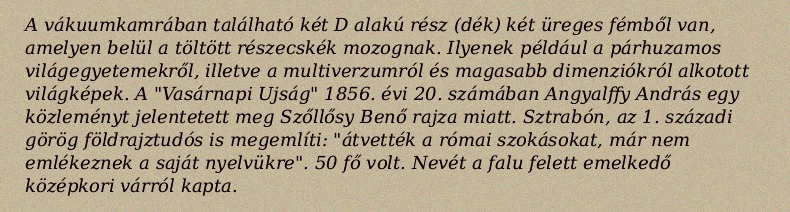
A vákuumkamrában található két D alakú rész (dék) két üreges fémből van, amelyen belül a töltött részecskék mozognak. Ilyenek például a párhuzamos világegyetemekről, illetve a multiverzumról és magasabb dimenziókról alkotott világképek. A "Vasárnapi Ujság" 1856. évi 20. számában Angyalffy András egy közleményt jelentetett meg Szőllősy Benő rajza miatt. Sztrabón, az 1. századi görög földrajztudós is megemlíti: "átvették a római szokásokat, már nem emlékeznek a saját nyelvükre". 50 fő volt. Nevét a falu felett emelkedő középkori várról kapta.